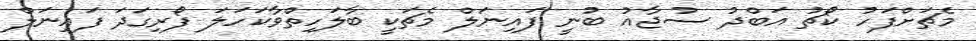
މެޗަށްފަހު ކޯޗު އަބްދު ސުޖާއު ބުނީ ފައިނަލް މެޗަކީ ބާލަހިތްވާކަހަލަ ފޯރިގަދަ ފައިނަލް